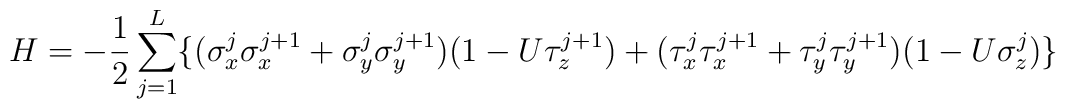
H= - \frac{1}{2} \sum_{j=1}^{L} \{ ( \sigma_{x}^{j}\sigma_{x}^{j+1} + \sigma_{y}^{j} \sigma_{y}^{j+1} )(1-U \tau_{z}^{j+1}) + ( \tau_{x}^{j} \tau_{x}^{j+1} +\tau_{y}^{j} \tau_{y}^{j+1} ) (1- U \sigma_{z}^{j}) \}